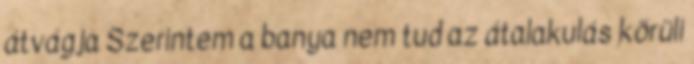
átvágja Szerintem a banya nem tud az átalakulás körüli